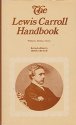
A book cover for Lewis Carroll Handbook; Sidney Herbert Williams; Reference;